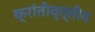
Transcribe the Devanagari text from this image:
क्रांतीवृत्तीय